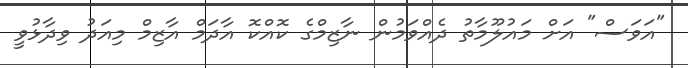
"އަވަސް" އަށް މައުލޫމާތު ދެއްވަމުން ނާޒިމްގެ ކޮއްކޮ އާދަމް އާޒިމް މިއަދު ވިދާޅުވީ